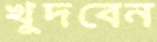
খুদবেন